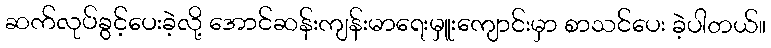
ဆက်လုပ်ခွင့်ပေးခဲ့လို့ အောင်ဆန်းကျန်းမာရေးမှူးကျောင်းမှာ စာသင်ပေး ခဲ့ပါတယ်။